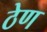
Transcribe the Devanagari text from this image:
ठेण